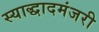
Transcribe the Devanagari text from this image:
स्याद्धादमंजरी